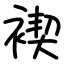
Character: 褉